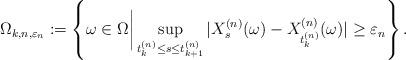
LaTeX: \begin{align*}\Omega_{k,n,\varepsilon_n}:=\left\{ \omega \in \Omega \bigg| \sup_{t_k^{(n)} \leq s \leq t_{k+1}^{(n)}}|X_s^{(n)}(\omega)-X_{t_k^{(n)}}^{(n)}(\omega)| \geq \varepsilon_n \right\}.\end{align*}